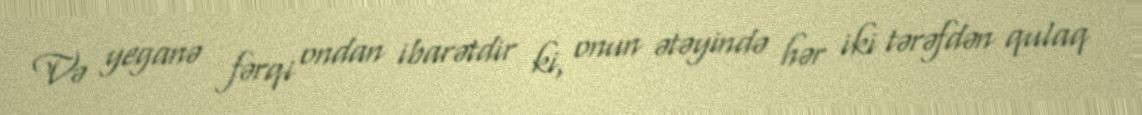
Və yeganə fərqi ondan ibarətdir ki, onun ətəyində hər iki tərəfdən qulaq